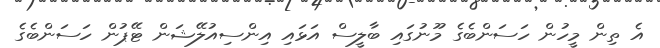
އެ ތިން މީހުން ހަސަންބެގެ މޫނުގައި ބާލީސް އަޅައި އިންސިއުލޭޝަން ޓޭޕުން ހަސަންބެގެ